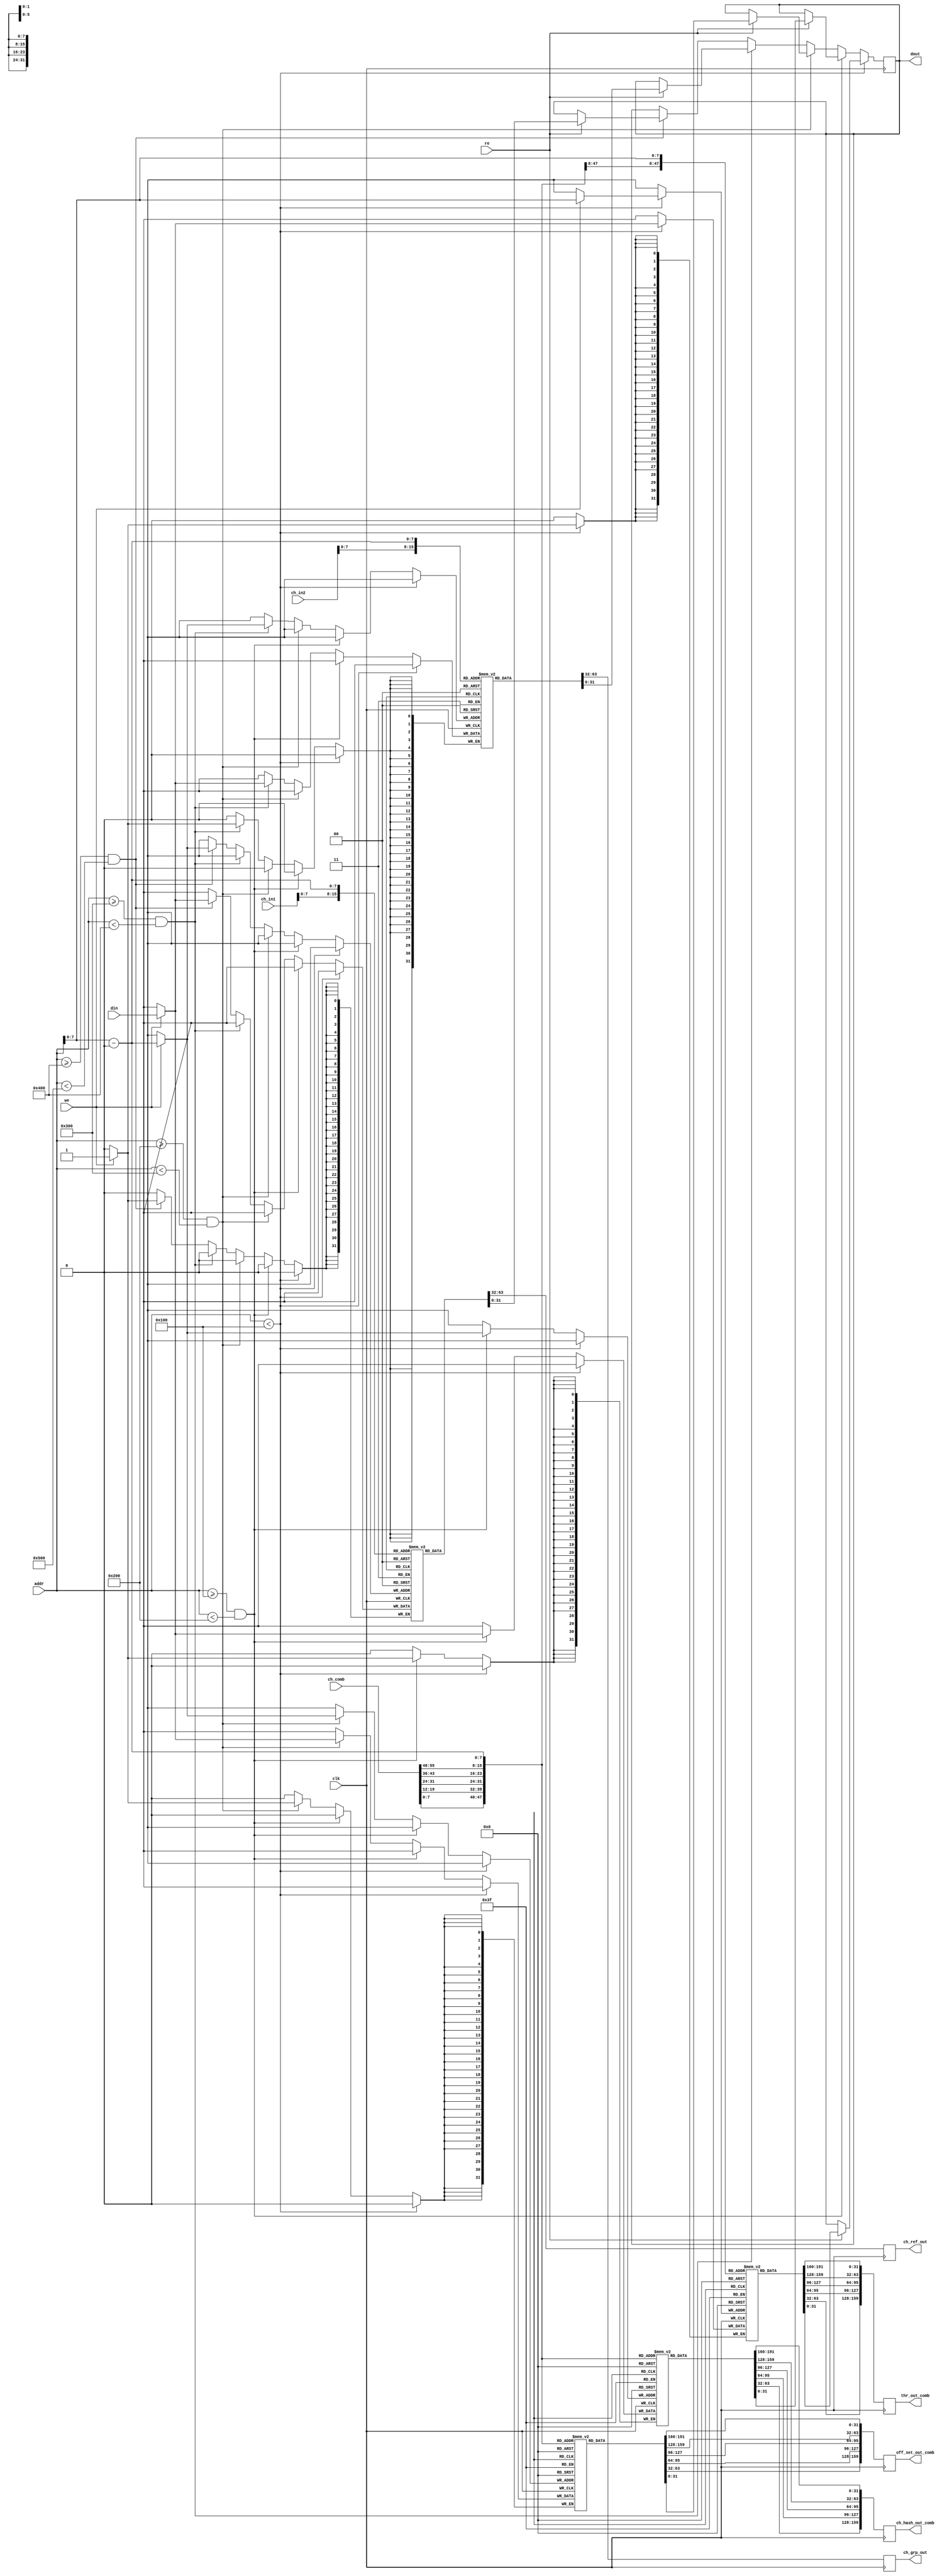
//////////////////////////////////////////////////////////////////////////////////
// Company:  HHMI Janelia
// 
// Design Name: bram_thres
// Module Name: bram_thres
// Project Name: Xike
// Target Devices: KC705
// Tool Versions: Vivado 2015.4
// Description: 
// This is a Block RAM that receive threshold value of each channel, 32 channels are supported
// It is used in SpkDet_A to compare the streaming data to threshold. Comparison is channel number aware.
//
// Dependencies: 
// 
// Revision: 
// Revision 0.01 - File Created
// Additional Comments:
// 
// 
// 
//////////////////////////////////////////////////////////////////////////////////

module bram_thres (clk, din, we, re, addr, dout, 
				   ch_comb, thr_out_comb, ch_hash_out_comb, off_set_out_comb, 
				   ch_in1, ch_ref_out, 
                   ch_in2, ch_grp_out);

parameter BITWIDTH = 32 ;
parameter CH_WIDTH = 32 ;
parameter BANK_NUM =  5 ;  
parameter DEPTH    = 256;  // Number of channel

input        clk ;
input        we  ;
input        re  ;
input [15:0] addr;
input [BITWIDTH-1:0] din ;
reg [BITWIDTH-1:0] dout_buf;
output [BITWIDTH-1:0] dout;

input      [11:0] ch_in1;
input      [11:0] ch_in2;
output reg [BITWIDTH-1:0]  ch_ref_out;
output reg [BITWIDTH-1:0]  ch_grp_out;

input  [59:0] ch_comb;
output [BITWIDTH*BANK_NUM-1:0] thr_out_comb;
output [BITWIDTH*BANK_NUM-1:0] ch_hash_out_comb;
output [BITWIDTH*BANK_NUM-1:0] off_set_out_comb;
// output [BITWIDTH*BANK_NUM-1:0] ch_ref_out_comb;

// These are 5 channels at this moment given by ch_comb  (5 chips)
(* mark_debug = "true" *) wire [11:0] ch_0 = ch_comb[11:0 ];
(* mark_debug = "true" *) wire [11:0] ch_1 = ch_comb[23:12];
(* mark_debug = "true" *) wire [11:0] ch_2 = ch_comb[35:24];
(* mark_debug = "true" *) wire [11:0] ch_3 = ch_comb[47:36];
(* mark_debug = "true" *) wire [11:0] ch_4 = ch_comb[59:48];

// threshold, channel hash, and offset according to 5 channel No
reg [BITWIDTH*BANK_NUM-1:0] thr_out_buf;
reg [BITWIDTH*BANK_NUM-1:0] ch_hash_buf;
reg [BITWIDTH*BANK_NUM-1:0] off_set_buf;
// reg [BITWIDTH*BANK_NUM-1:0] ch_ref_buf;

// Internal block memory
(* ram_style = "block" *) 
reg signed [BITWIDTH-1:0] thr_mem[0:DEPTH-1];                     // base address 0,    to 255
(* ram_style = "block" *) 
reg signed [BITWIDTH-1:0] ch_hash[0:DEPTH-1];                     // base address 256,  to 511
(* ram_style = "block" *) 
reg signed [BITWIDTH-1:0] off_set[0:DEPTH-1];                     // base address 512,  to 767
(* ram_style = "block" *) 
reg signed [BITWIDTH-1:0] ch_gpNo[0:DEPTH-1];                     // base address 768,  to 1023
(* ram_style = "block" *) 
reg signed [BITWIDTH-1:0]  ch_ref[0:DEPTH-1];                     // base address 1024,  to 1279

// read and write thr and ch_hash, off_set, group_no, ch_ref to internal BRAM
always @(posedge clk) begin
	if (addr<DEPTH) begin
	    if (we) thr_mem[addr] <= din;
	    if (re) dout_buf <= thr_mem[addr];
	end
	else if (addr>=DEPTH && addr<2*DEPTH) begin
	    if (we) ch_hash[addr-DEPTH] <= din;
    	if (re) dout_buf <= ch_hash[addr-DEPTH];
	end
	else if (addr>=2*DEPTH && addr<3*DEPTH) begin
        if (we) off_set[addr-2*DEPTH] <= din;
        if (re) dout_buf <= off_set[addr-2*DEPTH];
    end	
	else if (addr>=3*DEPTH && addr<4*DEPTH) begin
        if (we) ch_gpNo[addr-3*DEPTH] <= din;
        if (re) dout_buf <= ch_gpNo[addr-3*DEPTH];
    end    
    else if (addr>=4*DEPTH && addr<5*DEPTH) begin
        if (we) ch_ref[addr-4*DEPTH] <= din;
        if (re) dout_buf <= ch_ref[addr-4*DEPTH];
    end    
end


// streaming thr_comb and ch_hash_comb and off_set_comb according to mua_comb_ch
always @(posedge clk) begin
    thr_out_buf <= {thr_mem[ch_4], thr_mem[ch_3], thr_mem[ch_2], thr_mem[ch_1], thr_mem[ch_0]};
end

always @(posedge clk) begin
	ch_hash_buf <= {ch_hash[ch_4], ch_hash[ch_3], ch_hash[ch_2], ch_hash[ch_1], ch_hash[ch_0]};
end

always @(posedge clk) begin
	off_set_buf <= {off_set[ch_4], off_set[ch_3], off_set[ch_2], off_set[ch_1], off_set[ch_0]};
end

// always @(posedge clk) begin
//     ch_ref_buf <= {ch_ref[ch_4], ch_ref[ch_3], ch_ref[ch_2], ch_ref[ch_1], ch_ref[ch_0]};
// end


// ch_in => ch_grp_out: map ch number to group number  <=> in spiketag: fpga.ch_grpNo[ch_in] 
// ch_in => ch_ref_out: map ch number to referecen channel number  <=> in spiketag: fpga.ch_ref[ch_in]
always @(posedge clk) begin
    ch_ref_out <= ch_ref[ch_in1];
    ch_grp_out <= ch_gpNo[ch_in2];
end

// output ports 
assign dout = dout_buf;
assign thr_out_comb     = thr_out_buf;
assign ch_hash_out_comb = ch_hash_buf;
assign off_set_out_comb = off_set_buf;
// assign ch_ref_out_comb  = ch_ref_buf;

endmodule